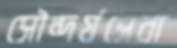
সৌন্দর্যসেবা